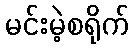
မင်းမဲ့စရိုက်